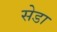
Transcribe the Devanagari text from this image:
सेडा